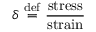
\delta \ { \stackrel { \mathrm { d e f } } { = } } \ { \frac { \mathrm { s t r e s s } } { \mathrm { s t r a i n } } }